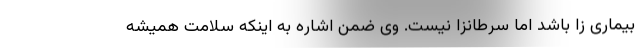
بیماری زا باشد اما سرطانزا نیست. وی ضمن اشاره به اینکه سلامت همیشه